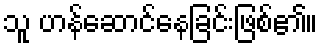
သူ ဟန်ဆောင်နေခြင်းဖြစ်၏။